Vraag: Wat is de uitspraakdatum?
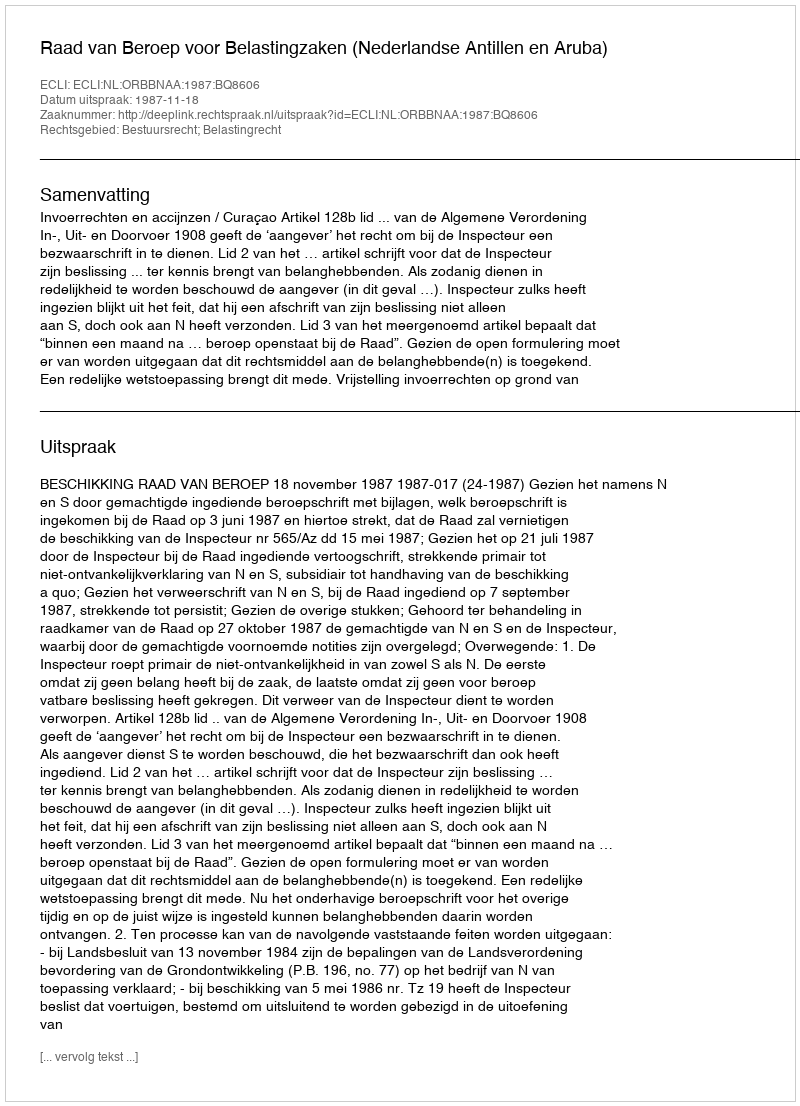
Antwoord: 1987-11-18